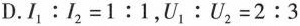
D.$$I _ { 1 } : I _ { 2 } = 1 : 1$$，$$U _ { 1 } : U _ { 2 } = 2 : 3$$